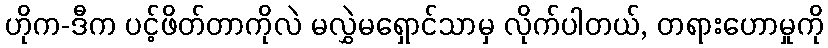
ဟိုက-ဒီက ပင့်ဖိတ်တာကိုလဲ မလွှဲမရှောင်သာမှ လိုက်ပါတယ်, တရားဟောမှုကို